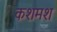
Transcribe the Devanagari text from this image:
कशमश